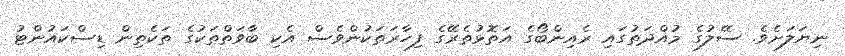
ނިޔަލަށެވެ. ސޭލުގެ މުއްދަތުގައި ރެއިންބޯގެ އަތޮޅުތެރޭގެ ފިހާރަތަކުންވެސް އެކި ބާވަތްތަކުގެ ތަކެތިން ޑިސްކައުންޓު